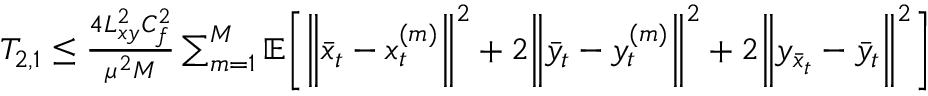
\begin{array} { r } { T _ { 2 , 1 } \leq \frac { 4 L _ { x y } ^ { 2 } C _ { f } ^ { 2 } } { \mu ^ { 2 } M } \sum _ { m = 1 } ^ { M } \mathbb { E } \bigg [ \bigg \| \bar { x } _ { t } - x _ { t } ^ { ( m ) } \bigg \| ^ { 2 } + 2 \bigg \| \bar { y } _ { t } - y _ { t } ^ { ( m ) } \bigg \| ^ { 2 } + 2 \bigg \| y _ { \bar { x } _ { t } } - \bar { y } _ { t } \bigg \| ^ { 2 } \bigg ] } \end{array}